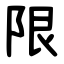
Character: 限